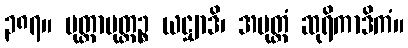
၃၈၇။ မုတ္တာမုတ္တဉ္စ ယဋ္ဌျာဒိ၊ အမုတ္တံ ဆုရိကာဒိကံ။